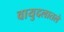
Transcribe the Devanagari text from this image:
वायुदलातले